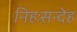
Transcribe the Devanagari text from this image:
निहःसन्देह